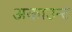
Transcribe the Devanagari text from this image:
अकाउन्ट